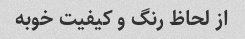
از لحاظ رنگ و کیفیت خوبه